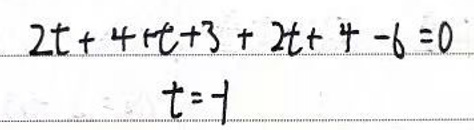
\[2t + 4 + t + 3 + 2t + 4 - 6 = 0\]
\[t = -1\]